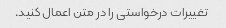
تغییرات درخواستی را در متن اعمال کنید.